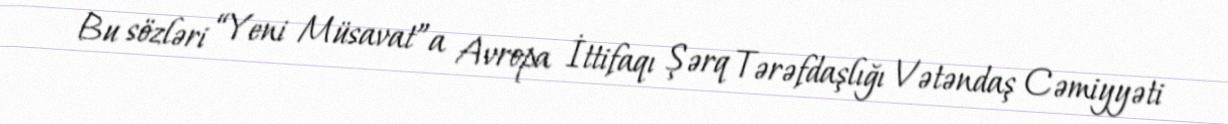
Bu sözləri “Yeni Müsavat”a Avropa İttifaqı Şərq Tərəfdaşlığı Vətəndaş Cəmiyyəti